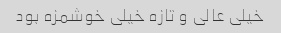
خیلی عالی و تازه خیلی خوشمزه بود